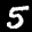
Label: 5